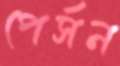
পের্সন